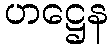
ဟဋ္ဌေန